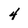
Character: 4